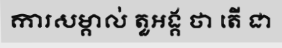
ការសម្គាល់ តួអង្គ ថា តើ ជា